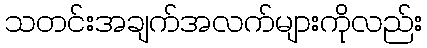
သတင်းအချက်အလက်များကိုလည်း